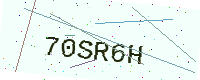
Text: 70SR6H